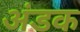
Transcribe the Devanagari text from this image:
अंडक